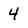
Character: 4